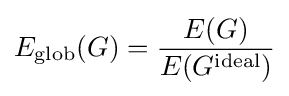
E_{\text{glob}}(G)={\frac {E(G)}{E(G^{\text{ideal}})}}